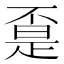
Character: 𱍤